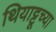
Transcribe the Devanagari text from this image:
थियाट्टूच्या